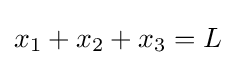
x_{1}+x_{2}+x_{3}=L